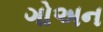
ગોઅન